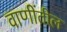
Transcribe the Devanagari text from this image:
वाणींतील